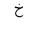
Letter: _kha